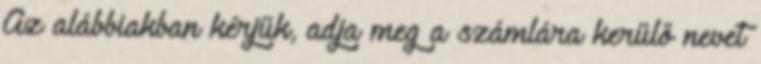
Az alábbiakban kérjük, adja meg a számlára kerülő nevet